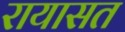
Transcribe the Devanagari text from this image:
रायासत